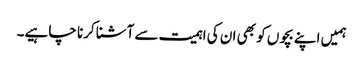
ہمیں اپنے بچوں کو بھی ان کی اہمیت سے آشنا کرنا چاہیے۔